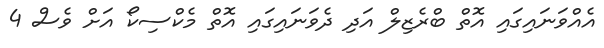
އެއްވަނައިގައި އޮތް ބްރެޒިލް އަދި ދެވަނައިގައި އޮތް މެކްސިކޯ އަށް ވެސް 4